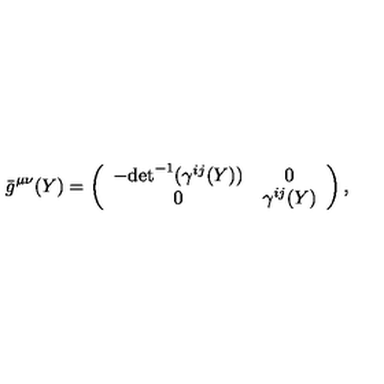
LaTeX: { } \bar { g } ^ { \mu \nu } ( Y ) = \left( \begin{array} { c c } { - { \det } ^ { - 1 } ( \gamma ^ { i j } ( Y ) ) } & { 0 } \\ { 0 } & { \gamma ^ { i j } ( Y ) } \\ \end{array} \right) ,